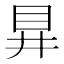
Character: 𭾞